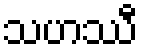
သဟဿီ